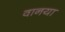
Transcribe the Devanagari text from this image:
वानया